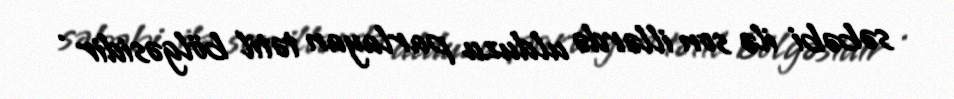
səbəbi ilə son illərdə ulduzu parlayan tətil bölgəsidir .